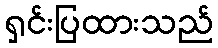
ရှင်းပြထားသည်